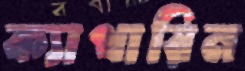
ক্যাথারিন